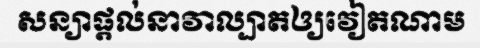
សន្យាផ្តល់នាវាល្បាតឲ្យវៀតណាម